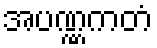
အပဏ္ဏကတံ